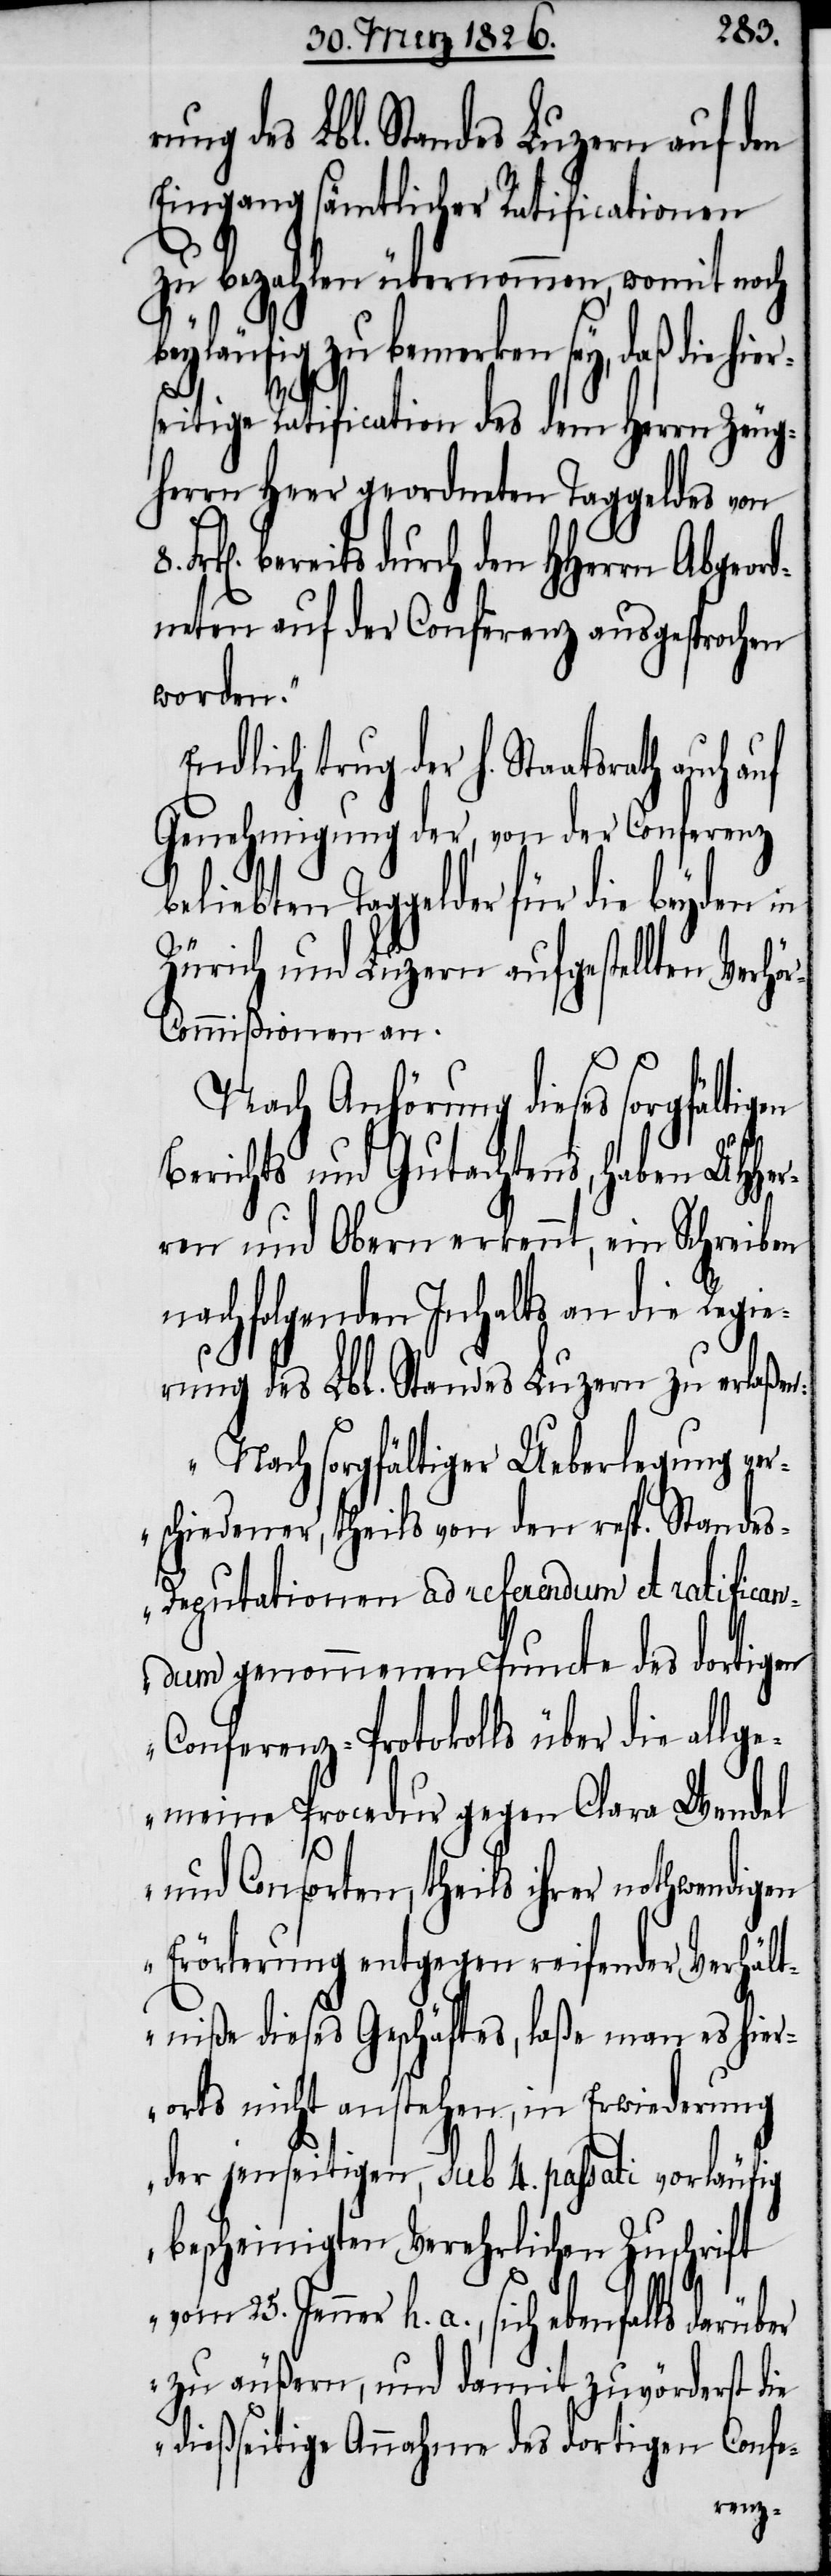
ung des Lbl. Standes Luzern auf den
Eingang sämtlicher Ratificationen
zu bezahlen übernommen, womit noch
beyläufig zu bemerken sey, [„]daß die
auch
seitige Ratification des dem Herrn Zeug¬
herrn Heer geordneten Taggeldes von
eits durch den HHerrn Abgeor¬
dneten auf der Confernz ausgesprochen
worden.“
Endlich trug der h. Staatsrath
Genehmigung und der, von der Conferenz
beliebten Taggelder für die beyden
Zürich und Luzern aufgestellten Verhö¬
r-Commißionen an.
Nach Anhörung dieses sorgfältigen
Berichts und Gutachtens, haben UHHer¬
ren und Obern erkennt, ein Schreiben
nachfolgenden Inhalts an die Regie¬
rung des Lbl. Standes Luzern zu erlaßen:
„Nach sorgfältiger Ueberlegung ver¬
schiedener, theils von den resp. Stande¬
s-Deputationen ad referendum et ratifican¬
dum genommenen Puncte des dortigen
Conferenz-Protokolls über die allge¬
meine Procedur gegen Clara Wendel
und Consorten, theils ihrer nothwendigen
Erörterung entgegen reifender Verhält¬
niße dieses Geschäftes, laße man es hier¬
orts nicht anstehen, in Erwiederung
der jenseitigen, sub 4. passati vorläufig
bescheinigten Verehrlichen Zuschrift
vom 25. Jenner h. a., sich ebenfalls darüber
zu äußern, und damit zuvörderst die
dießseitige Annahme des dortigen Confe-
ber¬